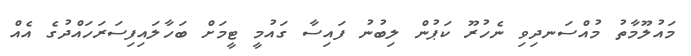
މައުލޫމާތު މުއްސަނދިވި ނެހުރޫ ކަޕުން ލިބުނު ފައިސާ ގައުމީ ޓީމަށް ބަހާލައިފިސަރަހައްދުގެ އެއް